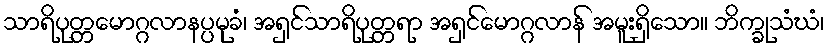
သာရိပုတ္တမောဂ္ဂလာနပ္ပမုခံ၊ အရှင်သာရိပုတ္တရာ အရှင်မောဂ္ဂလာန် အမူးရှိသော။ ဘိက္ခုသံဃံ၊